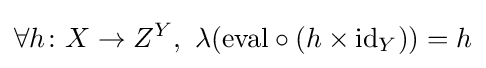
\forall h\colon X\to Z^{Y},\ \lambda (\mathrm {eval} \circ (h\times \mathrm {id} _{Y}))=h